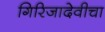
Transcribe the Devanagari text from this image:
गिरिजादेवीचा